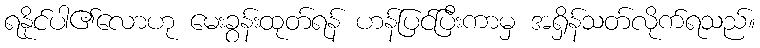
ရနိုင်ပါ၏လောဟု မေးခွန်းထုတ်ရန် ဟန်ပြင်ပြီးကာမှ အရှိန်သတ်လိုက်ရသည်။